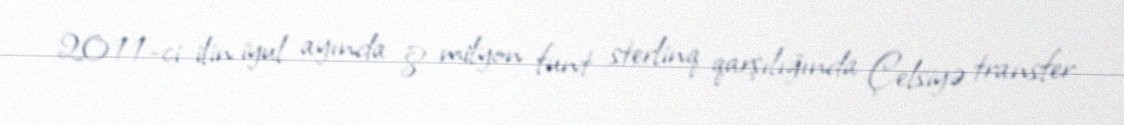
2011-ci ilin iyul ayında 8 milyon funt sterlinq qarşılığında Çelsiyə transfer